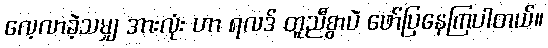
လေ့လာခဲ့သမျှ အားလုံး ဟာ ရလဒ် တူညီစွာပဲ ဖော်ပြနေကြပါတယ်။